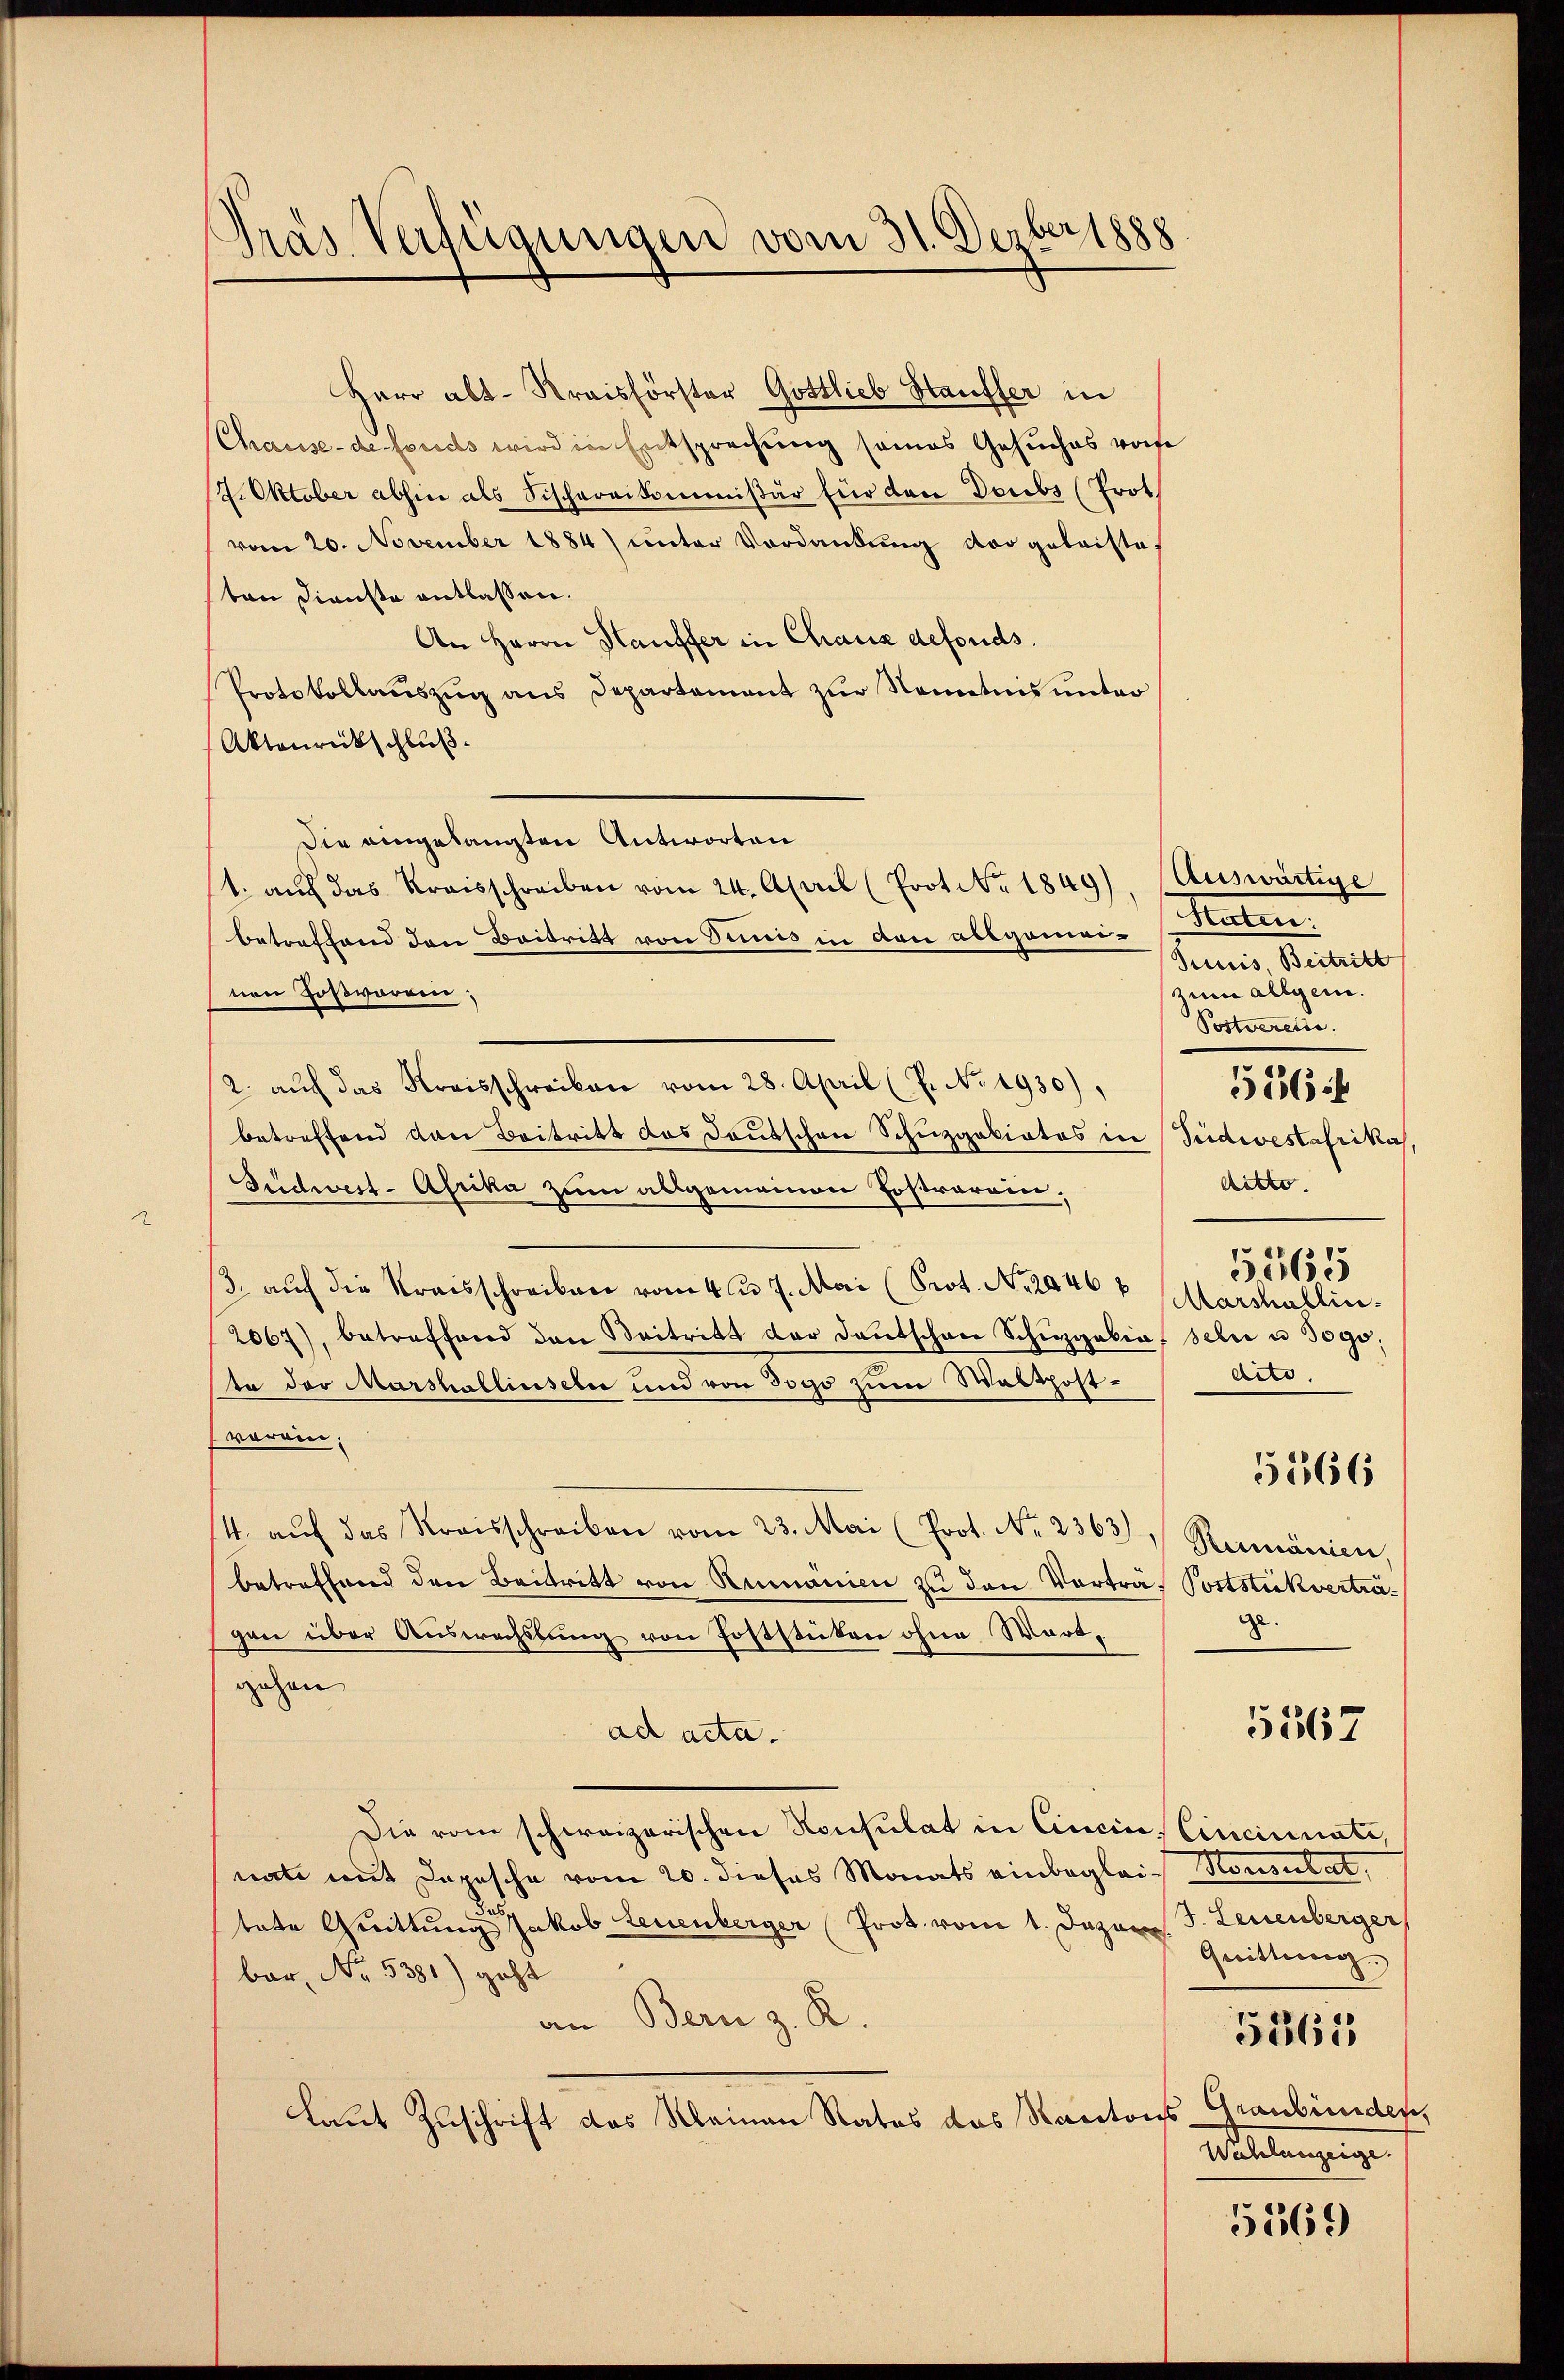
Pras Verfügungen vom 31. Dezber 1888

Herr abt. Kreisförster Gottlieb Hauffer in
Chause de fonds wird in Entsprechung seines Gesuches vors
7. Oktober abhin als Fischereikommißär für den Doubs (Prot
vom 20. November 1884) unter Verdankung der geleistes
ten Dienste entlassen.
An Herrn Hauffer in Chaus defonds.
Protokollauszug aus Departement zur Kenntnis unter
Aktenrückschluß
Die eingelangten Antworten
1. auf das Kreisschreiben vom 24. April (Prot. No. 1849)
betreffend den Beitritt von Simmis in den allgemeinen Goßworen,
2. aŭf das Kreisschreiben vom 28. April (7. No. 1930),
betreffend den Beitritt das Deutschen Schuzgotiatos in Südwestafrika
Suidwest-Afrika zum allgemeinen Tostrarein.
/3. auf die Kraisschreiben vom 4ten 7. Mai (Prot. N. 2846 f
2067), betreffend den Beitritt der Deutschene Schigalia sehr u. 3090.
ta der Marshabliseln und von Jogo zum Walthost-
orein.
4. aŭf das Kreisschreiben vom 23. Mai (Prot. Nr. 2363), Rumänien,
betreffend den Beitritt von Rumanien zu den Vorträ- Poststückverträgen über Auswechslung von Poststuten ohne Wortgehen
ad acta.
Die vom schweizerischen Konsulat in Cincin Cincinate,
nate mit Depesche vom 20. dieses Monats einbeglei- Konsulat,
tate Quittungen Jakob Leuenberger Prot. vom 1. Dezem 3. Leuenberger
bar, No. 531) geht
an Bern z. R.
laut Zuschrift das Kleinen Rates das Kantons

Auswärtige
etenten
Puis, Beitritt
zum allgeme
Postverein.
ditto.
Marshablinders
5566
ge.

556 f

5565

5567

Quittung.
5561
Graubünden,
Anstanzeige

5569